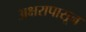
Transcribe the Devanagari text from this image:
अक्षरापासून